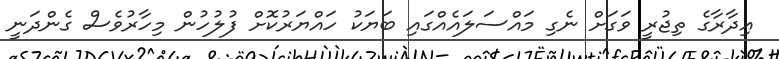
އިދާރާގެ ތިޖުރީ ވަގަށް ނެގި މައްސަލައެއްގައި ބަޔަކު ހައްޔަރުކޮށް ފުލުހުން މިހާރުވެސް ގެންދަނީ